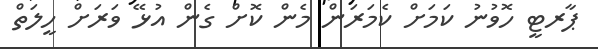
ޕާރޓީ ހޮވުނު ކަމަށް ކެމަރަން މެން ކޮށް ގެން އުޅޭ ވަރަށް ހީލަތް